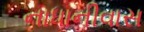
નાધાનીવાસ